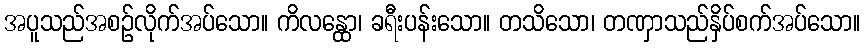
အပူသည်အစဉ်လိုက်အပ်သော။ ကိလန္ထော၊ ခရီးပန်းသော။ တသိသော၊ တဏှာသည်နှိပ်စက်အပ်သော။